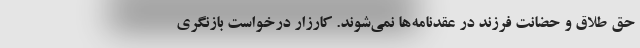
حق طلاق و حضانت فرزند در عقدنامه‌ها نمی‌شوند. کارزار درخواست بازنگری